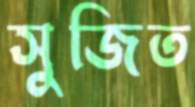
সুজিত